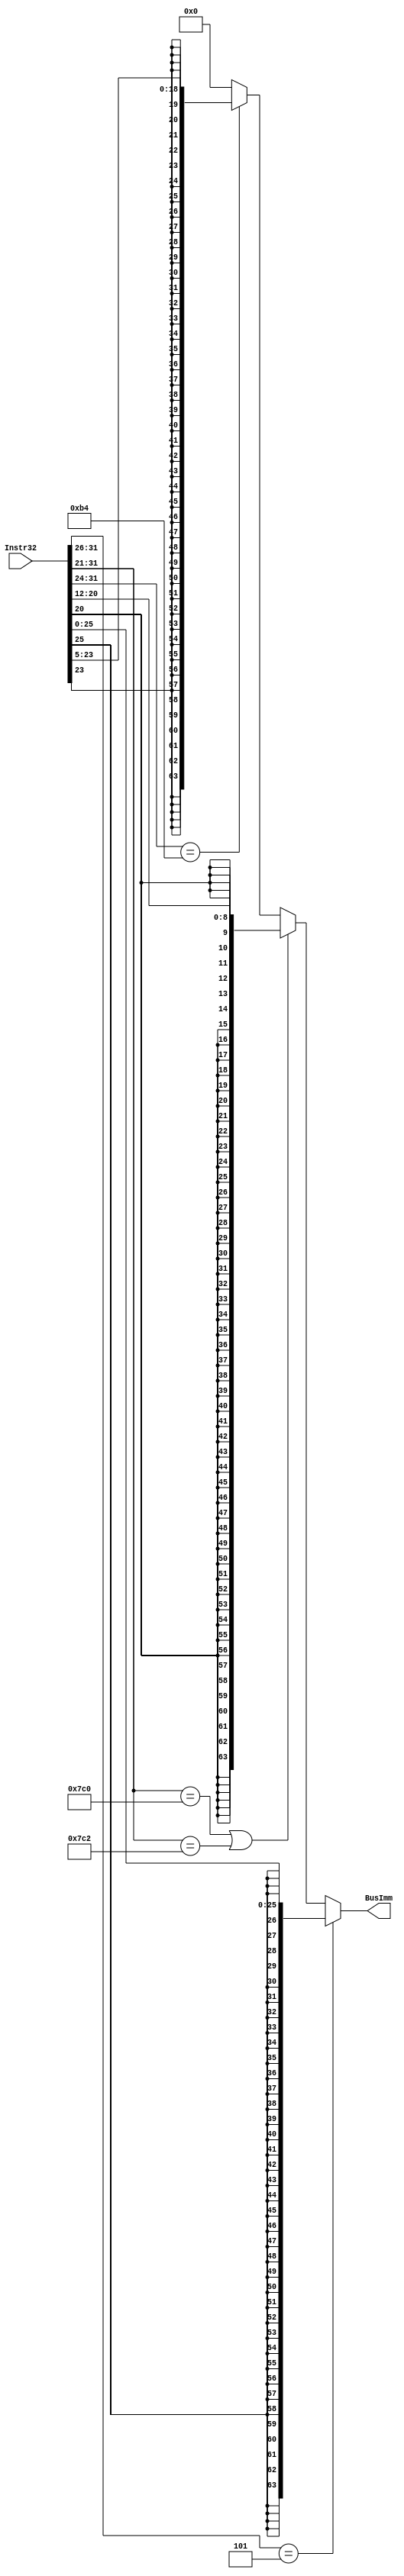
module SignExtender(BusImm, Instr32);
  /* Instantiate i/o nets */
  output [63:0] BusImm;
  input [31:0] Instr32;

  reg [63:0] ImmSigned64;

  /* Assign extBit based on the instruction format */
  always @ (Instr32) begin
    /* B-Type instruction */
    if (Instr32[31:26] == 6'b000101)
      ImmSigned64 = {{38{Instr32[25]}}, Instr32[25:0]};
    /* D-Type instruction, LDUR and STUR */
    else if (Instr32[31:21] == 11'd1984 || Instr32[31:21] == 11'd1986)
      ImmSigned64 = {{55{Instr32[20]}}, Instr32[20:12]};
    /* CB-Type instruction, CBZ */
    else if (Instr32[31:24] == 8'b10110100)
      ImmSigned64 = {{45{Instr32[23]}}, Instr32[23:5]};
    /* default */
    else ImmSigned64 = 0;
  end

  /* Set output to concatenation of extension bit and immediate value */
  assign BusImm = ImmSigned64;
endmodule